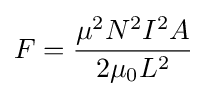
F={\frac {\mu ^{2}N^{2}I^{2}A}{2\mu _{0}L^{2}}}